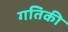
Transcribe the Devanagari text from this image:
गतिकी